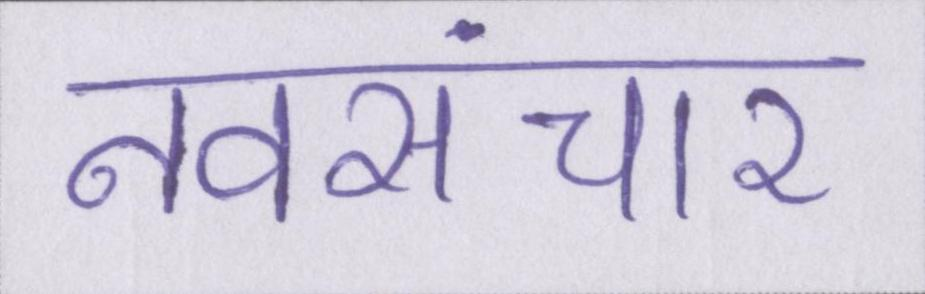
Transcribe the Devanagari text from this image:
नवसंचार